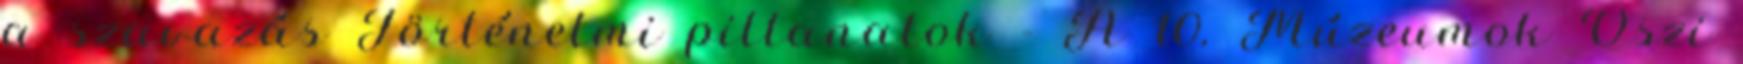
a szavazás Történelmi pillanatok - A 10. Múzeumok Őszi